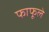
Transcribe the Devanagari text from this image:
फाफूले